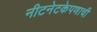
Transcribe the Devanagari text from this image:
नीटनेटकेपणाची